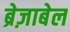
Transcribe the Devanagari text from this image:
ब्रेज़ाबेल